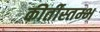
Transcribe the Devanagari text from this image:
कीर्तीस्तम्भ